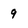
Character: 9